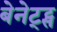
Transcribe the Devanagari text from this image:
बेनेट्ट्स